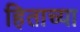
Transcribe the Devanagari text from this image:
हिताच्‍या